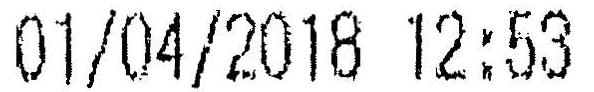
01/04/2018 12:53